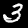
Digit: 3